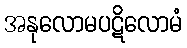
အနုလောမပဋိလောမံ